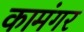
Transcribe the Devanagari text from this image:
कामंगर